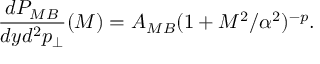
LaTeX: \frac { d P _ { M B } } { d y d ^ { 2 } p _ { \perp } } ( { \cal M } ) = A _ { M B } ( 1 + { \cal M } ^ { 2 } / \alpha ^ { 2 } ) ^ { - p } .